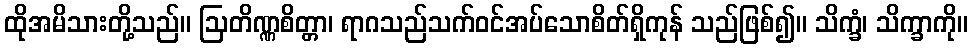
ထိုအမိသားတို့သည်။ ဩတိဏ္ဏစိတ္တာ၊ ရာဂသည်သက်ဝင်အပ်သောစိတ်ရှိကုန် သည်ဖြစ်၍။ သိက္ခံ၊ သိက္ခာကို။